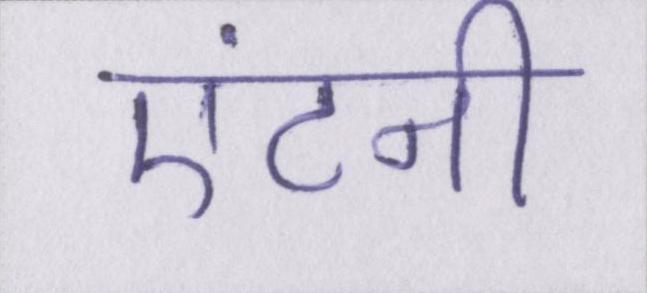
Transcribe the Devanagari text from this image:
एंटनी